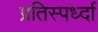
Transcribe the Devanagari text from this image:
प्रतिस्पर्ध्दा